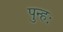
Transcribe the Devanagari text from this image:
पुन्हः